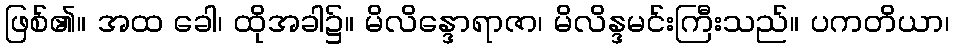
ဖြစ်၏။ အထ ခေါ၊ ထိုအခါ၌။ မိလိန္ဒောရာဇာ၊ မိလိန္ဒမင်းကြီးသည်။ ပကတိယာ၊